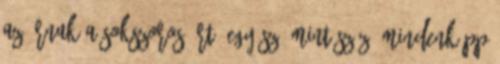
az árnak a sokszorosáért. Egy szó mint száz, mindenképp